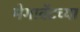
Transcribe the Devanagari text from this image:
मेगावॅटच्या